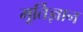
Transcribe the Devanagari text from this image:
मूर्तिज्ञान